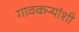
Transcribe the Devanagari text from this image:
गावकऱ्यांशी